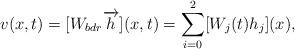
LaTeX: \begin{align*}v(x,t)=[W_{bdr}\overrightarrow{h}](x,t)=\sum_{i=0}^2 [W_j(t)h_j](x),\end{align*}